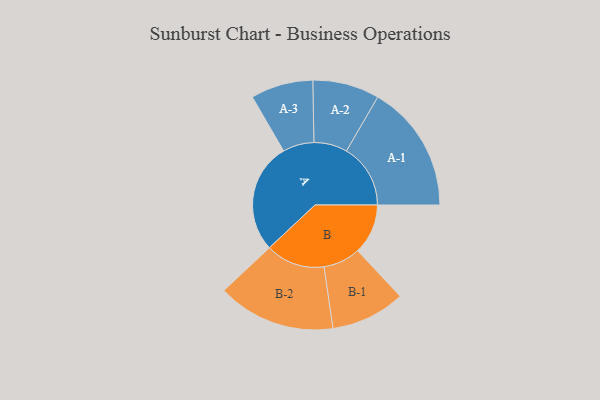
{"axis": {"x": "Segment", "y": "Value"}, "legend": ["", "A", "B"], "data": [{"x": "A", "y": 463, "type": ""}, {"x": "B", "y": 211, "type": ""}, {"x": "A-1", "y": 269, "type": "A"}, {"x": "A-2", "y": 140, "type": "A"}, {"x": "A-3", "y": 131, "type": "A"}, {"x": "B-1", "y": 156, "type": "B"}, {"x": "B-2", "y": 248, "type": "B"}]}